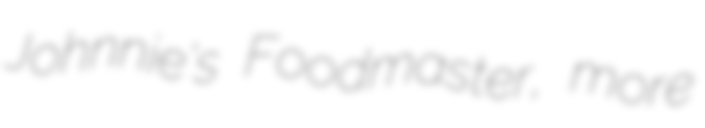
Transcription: Johnnie's Foodmaster, more